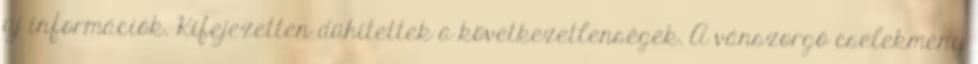
új információk. Kifejezetten dühítettek a következetlenségek. A vánszorgó cselekmény